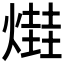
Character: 𤏎